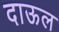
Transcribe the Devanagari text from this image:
दाऊल